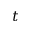
t